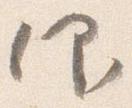
仰